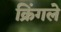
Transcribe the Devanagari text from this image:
क्रिंगले